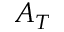
A _ { T }